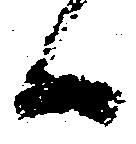
候